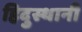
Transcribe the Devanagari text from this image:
हिदुस्थानी